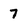
Character: 7